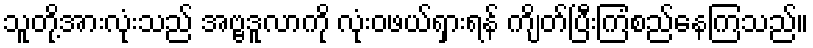
သူတို့အားလုံးသည် အဗ္ဗဒူလာကို လုံးဝဖယ်ရှားရန် ကျိတ်ပြီးကြံစည်နေကြသည်။